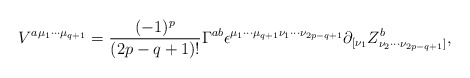
\begin{align*}V^{a{\mu}_{1}{\cdots}{\mu}_{q+1}}=\frac{(-1)^p}{(2p-q+1)!}{\Gamma}^{ab}{\epsilon}^{{\mu}_{1}{\cdots}{\mu}_{q+1}{\nu}_{1}{\cdots}{\nu}_{2p-q+1}}{\partial}_{[{\nu}_{1}}Z^{b}_{{\nu}_{2}{\cdots}{\nu}_{2p-q+1}]},\end{align*}